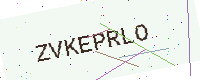
Text: ZVKEPRLO